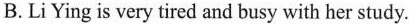
B.Li Ying is very tired and busy with her study.